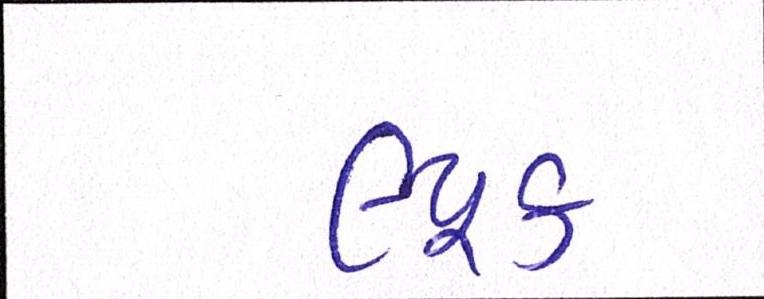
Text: લ્યૂક